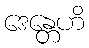
ဒေန္တေဟိ